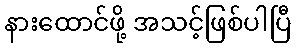
နားထောင်ဖို့ အသင့်ဖြစ်ပါပြီ